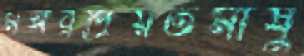
মঙ্গরপ্রিয়তমাষু